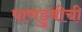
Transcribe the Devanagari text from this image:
पाणडुबीची